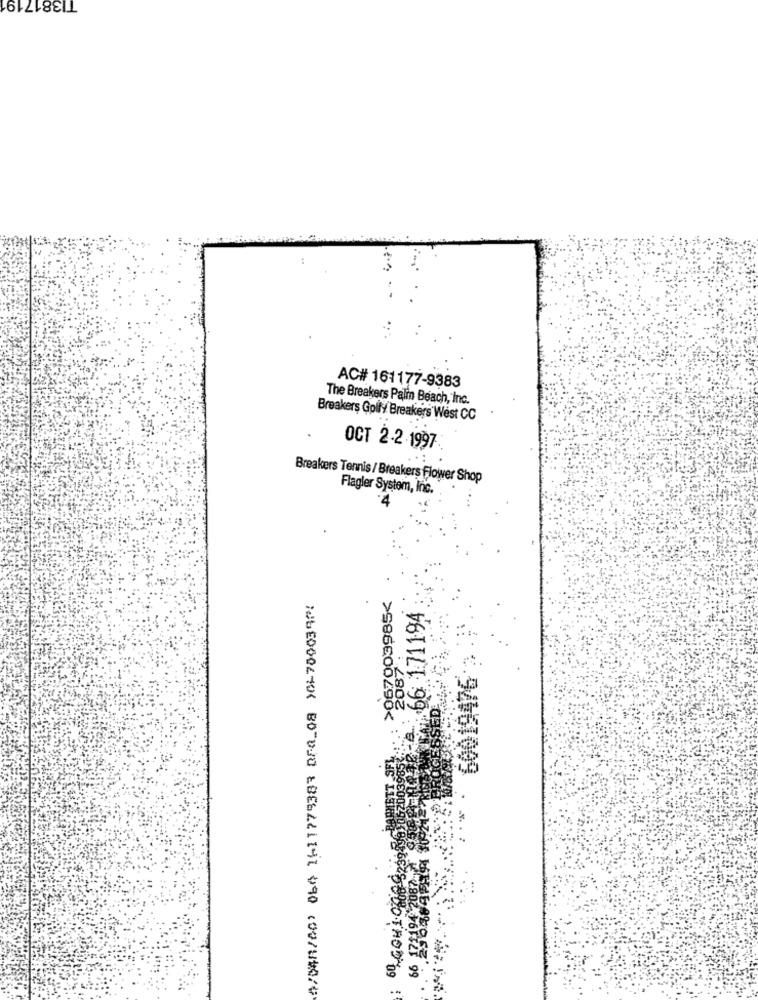
TI3817191
AC# 161177-9383
The Breakers Palm Beach, Inc.
Breakers Golly Breakers West CC
OCT 2-2-1997:
Breakers Tennis / Breakers Flower Shop
Flagler System, Inc.
>967003985<
66 171194
60019476 2;
2087 :
OTROS 09